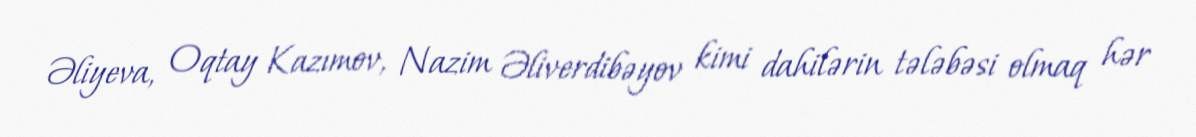
Əliyeva, Oqtay Kazımov, Nazim Əliverdibəyov kimi dahilərin tələbəsi olmaq hər